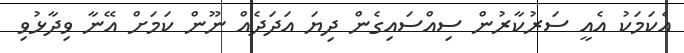
އެކަމަކު އެއީ ސަރުކާރުން ސިއްސައިގެން ދިޔަ އަދަދެއް ނޫން ކަމަށް އޭނާ ވިދާޅުވި